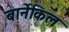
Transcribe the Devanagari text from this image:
बार्नेकिल